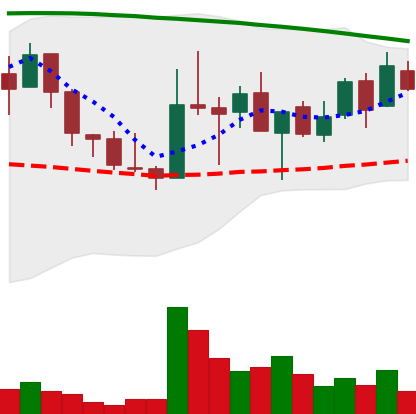
Ticker: LINK-USD
Chart end date: 2018-08-20
Forward return: 11.316%
Label: up_7plus